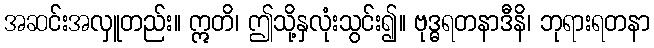
အဆင်းအလှူတည်း။ ဣတိ၊ ဤသို့နှလုံးသွင်း၍။ ဗုဒ္ဓရတနာဒီနိ၊ ဘုရားရတနာ